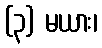
(၃) မယား၊